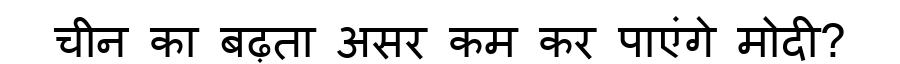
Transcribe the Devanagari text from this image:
चीन का बढ़ता असर कम कर पाएंगे मोदी?